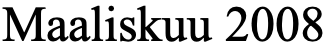
Maaliskuu 2008